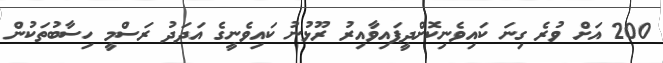
200 އަށް ވުރެ ގިނަ ކައިވެނިކޮށްދީފައިވާއިރު ރޫޅުނު ކައިވެނީގެ އަދަދު ރަސްމީ ހިސާބުތަކުން